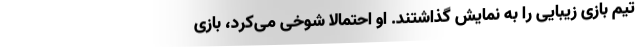
تیم بازی زیبایی را به نمایش گذاشتند. او احتمالاً شوخی می‌کرد، بازی